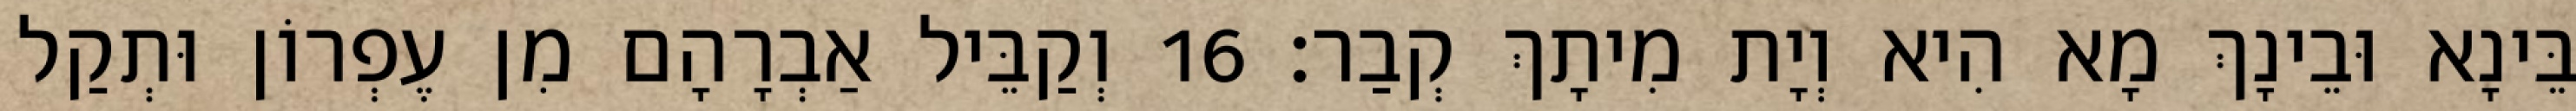
בֵּינָא וּבֵינָךְ מָא הִיא וְיָת מִיתָךְ קְבַר׃ 16 וְקַבֵּיל אַבְרָהָם מִן עֶפְרוֹן וּתְקַל